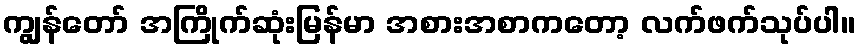
ကျွန်တော် အကြိုက်ဆုံးမြန်မာ အစားအစာကတော့ လက်ဖက်သုပ်ပါ။